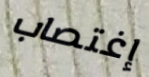
إغتصاب